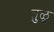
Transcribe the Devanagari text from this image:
तु़ळू